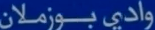
وادي-بوزملان